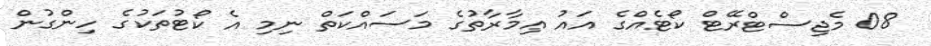
08 މެޖިސްޓްރޭޓް ކޯޓެއްގެ އައު ޢިމާރާތުގެ މަސައްކަތް ނިމި އެ ކޯޓުތަކުގެ ހިންގުން